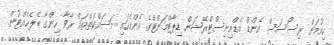
ހިއުމަން ރިސޯސަސް އެންޑް އެޑްމިނިސްޓްރޭޝަން ޑިޕާޓްމަންޓްގެ އެންމެހައި މަސައްކަތްތައް ރާވާ ހިންގާ ބެލެހެއްޓުން.